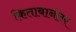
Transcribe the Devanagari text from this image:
किताबानंतर